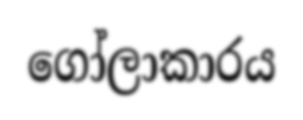
ගෝලාකාරය